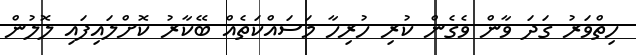
ހިތްވަރު ގަދަ ވާން ވެގެން ކުރި ހުރިހާ މަސައްކަތެއް ބޭކާރު ކޮށްލައިފައި ލޮލުން